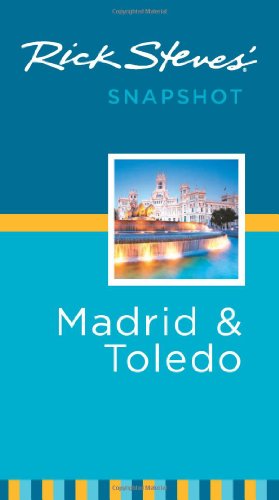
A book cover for Rick Steves' Snapshot Madrid & Toledo; Rick Steves; Travel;